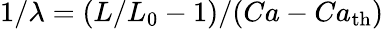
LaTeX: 1/\lambda=(L/L_{0}-1)/(Ca-Ca_{\mathrm{th}})